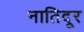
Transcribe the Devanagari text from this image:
नातिदूर